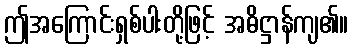
ဤအကြောင်းရှစ်ပါးတို့ဖြင့် အဓိဋ္ဌာန်ကျ၏။